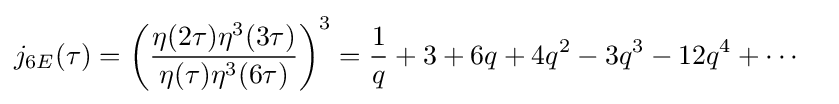
{\begin{aligned}j_{6E}(\tau )&=\left({\frac {\eta (2\tau )\eta ^{3}(3\tau )}{\eta (\tau )\eta ^{3}(6\tau )}}\right)^{3}={\frac {1}{q}}+3+6q+4q^{2}-3q^{3}-12q^{4}+\cdots \end{aligned}}